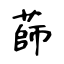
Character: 蒒